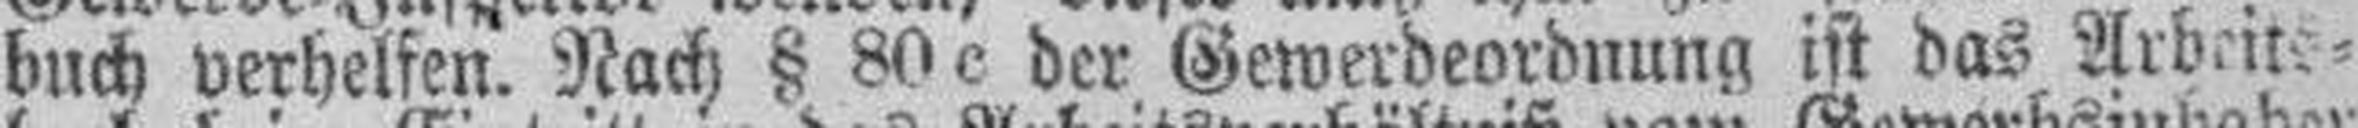
buch verhelfen. Nach § 80 c der Gewerdeordnung ist das Arbeits¬